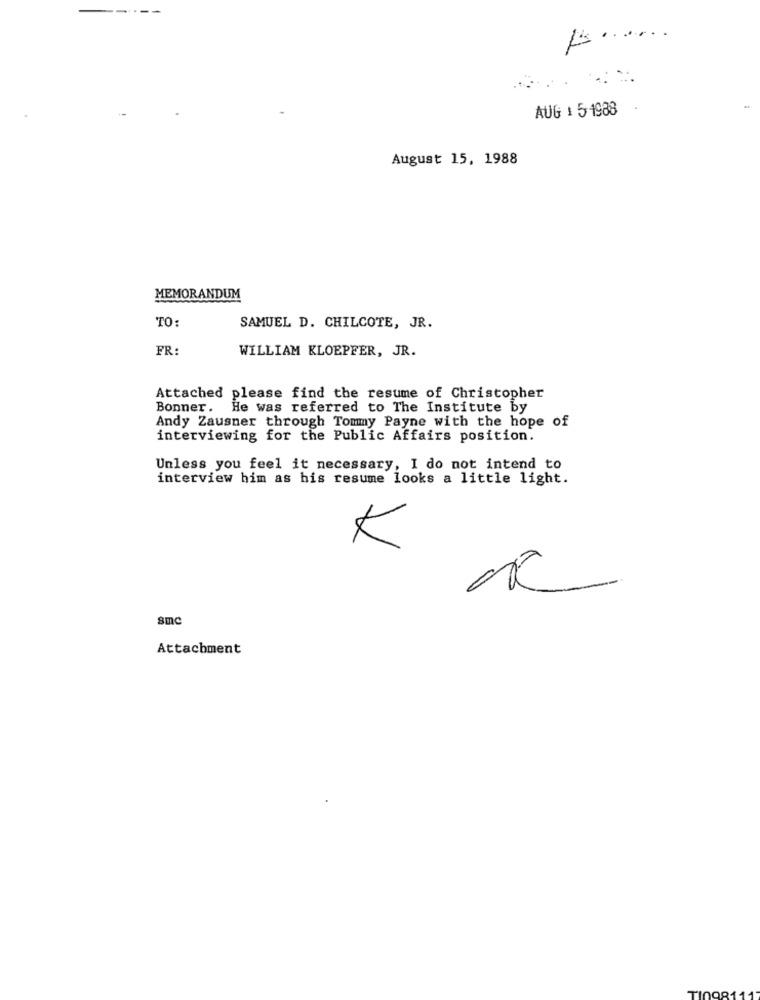
AUG 1 5-1988
August 15, 1988
MEMORANDUM
TO:
SAMUEL D. CHILCOTE, JR.
FR:
WILLIAM KLOEPFER, JR.
Attached please find the resume of Christopher
Bonner. He was referred to The Institute by
Andy Zausner through Tommy Payne with the hope of
interviewing for the Public Affairs position.
Unless you feel it necessary, I do not intend to
interview him as his resume looks a little light.
K
sm
Attachment